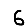
Digit: 6